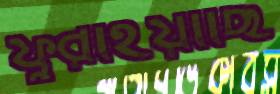
ফুরাইয়াছি